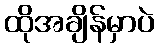
ထိုအချိန်မှာပဲ